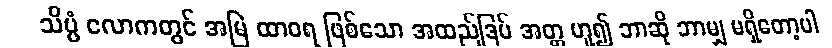
သိပ္ပံ လောကတွင် အမြဲ ထာဝရ ဖြစ်သော အထည်ဒြပ် အတ္တ ဟူ၍ ဘာဆို ဘာမျှ မရှိတော့ပါ